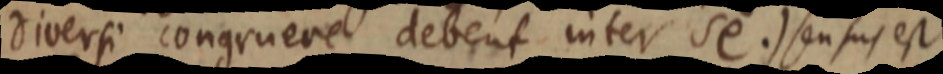
diversi congruere debent inter se.) sensus est